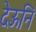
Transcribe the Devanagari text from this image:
देऊनि